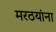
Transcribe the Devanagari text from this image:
मरठयांना